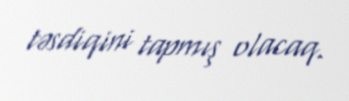
təsdiqini tapmış olacaq.